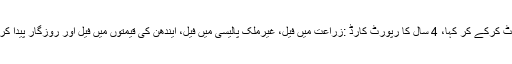
راہل نے ٹوئٹ کرکے کر کہا، 4 سال کا رپورٹ کارڈ :زراعت میں فیل، غیرملک پالیسی میں فیل، ایندھن کی قیمتوں میں فیل اور روزگار پیدا کرنے میں فیل۔